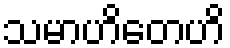
သမာဟိတေဟိ